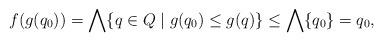
LaTeX: \begin{align*}f(g(q_0))=\bigwedge\{q\in Q\mid g(q_0)\leq g(q)\}\leq\bigwedge\{q_0\}=q_0,\end{align*}